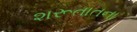
શરૂતાતના